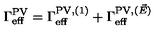
\Gamma _ { \mathrm { e f f } } ^ { \mathrm { P V } } = \Gamma _ { \mathrm { e f f } } ^ { \mathrm { P V } , ( 1 ) } + \Gamma _ { \mathrm { e f f } } ^ { \mathrm { P V } , ( \vec { E } ) }